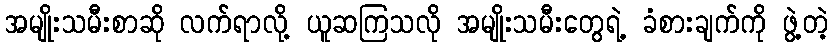
အမျိုးသမီးစာဆို လက်ရာလို့ ယူဆကြသလို အမျိုးသမီးတွေရဲ့ ခံစားချက်ကို ဖွဲ့တဲ့